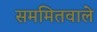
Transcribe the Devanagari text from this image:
सममितवाले